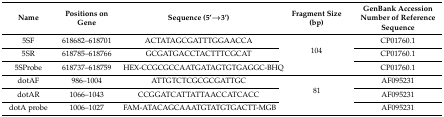
<table><thead><tr><td><b>Name</b></td><td><b>Positions on Gene</b></td><td><b>Sequence (5’→3’)</b></td><td><b>Fragment Size (bp)</b></td><td><b>GenBank Accession Number of Reference Sequence</b></td></tr></thead><tbody><tr><td>5SF</td><td>618682–618701</td><td>ACTATAGCGATTTGGAACCA</td><td rowspan="3">104</td><td>CP01760.1</td></tr><tr><td>5SR</td><td>618785–618766</td><td>GCGATGACCTACTTTCGCAT</td><td>CP01760.1</td></tr><tr><td>5SProbe</td><td>618737–618759</td><td>HEX-CCGCGCCAATGATAGTGTGAGGC-BHQ</td><td>CP01760.1</td></tr><tr><td>dotAF</td><td>986–1004</td><td>ATTGTCTCGCGCGATTGC</td><td rowspan="3">81</td><td>AF095231</td></tr><tr><td>dotAR</td><td>1066–1043</td><td>CCGGATCATTATTAACCATCACC</td><td>AF095231</td></tr><tr><td>dotA probe</td><td>1006–1027</td><td>FAM-ATACAGCAAATGTATGTGACTT-MGB</td><td>AF095231</td></tr></tbody></table>